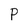
Character: P